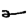
Digit: 2